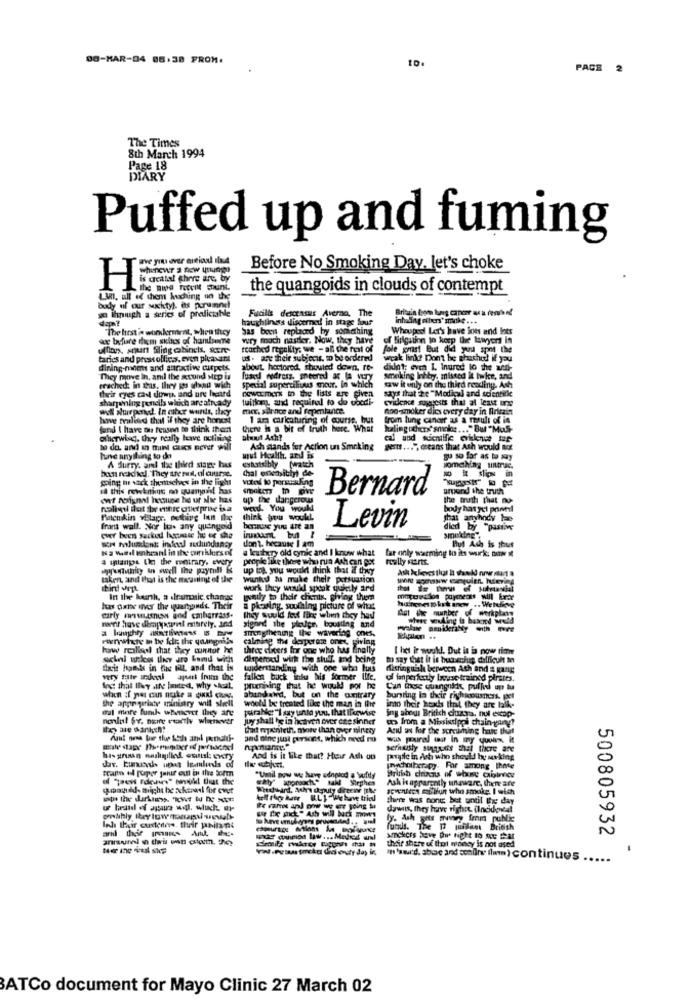
DO-MAR-04 86:38 FROM.
10.
PACE 2
The Times
8th March 1994
Page 18
DIARY
Puffed up and fuming
ave you ever areiadd ilad
Before No Smoking Day. let's choke
is acatal there are, by
H
the quangoids in clouds of contempt
L.3. all of them kuching on the
body of our suchty). es porumnel
wo Ihnugh a series of predictable
dant
haughlings discerned in stage four
Fucilis decensus Averna,
inhaling others' make ...
The first is workerment, when they
Sas been replaced by something
Whooped Let's have lots and lots
or before diem skins of handsome
wury moch naster. Now, they have
of Mirigation to keep the lawyers In
Ility: we - all the rest of fole komst But did you spot the
taries and press offices. even pleasant
us - are their subject. D be ordered
weak linde Don't be ghacho! if you
dining-moms and attractive carpets.
about hertored. shouted down. re-
didn't; even I. Inured lo the wen-
They move in, anil the secund step is
special superciliuus meur. in which
Tused nodress, peered a la wTy
smoking Inhby. missed it take, and
erached. in this, they pos ulsan wich
nowemerk to the lists are given
saw it only on the third reading. Ash
says that ize "Modigul and scientific
their eyes call down, and ure herd
sharpamning pencils which arealready
tuition and requinal to do uocdi-
cvideike sujatests that at least one
ww wwrpond. In citer wunds, they
mer, sirnce and repentance.
non-smoker dies every day in Britain
have realeed that if they are honest
1 an caricaturing of course, but
from lung candir as a result of in
fand I have ou reason to think them
there is a bit of truth here. What
ofherwig, they really have nothing
bhut Ash?
to de. and in mind Gues never wil
Ash stands for Action un Smoking
gets ... ", means that Ach would not
lune anything to de
und Health, and is
something untrac.
A Hurry. amal the third state has
bom neachel. They are rust, al curse.
estatsibly (watch
(hal onensibly) de-
going tu wack themselves in the light
this rewskiting no quanand has
Bernard
anand the truth
up the dangerous
the truth that no
WELL. You woul
body has yet poned
think you woulL
ghai anyhody he
frans wall. Nor bas any quingeid
benne yuu att an
Levin
died by "pastw
cur been sacked homie he of the
Hut Ach is thus
Ka Med ihranl in the oukkies of
don't. because I am
a kaihry old cynic and I know what
far only warming to its wurk; PATH I
4 aplanpos the the contrary. every
people like those who rua Ach can post
fununity &n swell the payroll &
up ing you would think that if they
taken, and thor is the magning of the
In the bourh, a dramnic, chamag
gently to thele chienis, giving them
huinenes pkek inow .. Wetekvg
macunion paymeow will kroe
hus oane inver the quartauds. Their
a phasing, southiny picture of what
Ast the number of werkplan
carly meussnow and cmharrass.
Whoer welling ia bakend weld
wont have deappant merely. and
smegthening the wavering ones,
Pennainte in be idr, the youngnils
calming the desperate ones, giving
how realisol that they canitot he
three cheers for one who has fi
I het it would. Dut is is now time
dispered with the stuff. and being
to say that it is beschuss difficult mn
Exit hands in the Bill and that is
tuiderstanding with one who luis
Hieringuisla berween Ath and & gang
of fanperfectly bouse trained pirates.
pruniving that he would por he
Can iese quangnids pulled up tu
the appr parlate ministry will shell
abundawed, but on the contrary
bursting la their richiousness. per
sul mare funk whenever they are
woold be treated like the man in Ihre
parabic:"I say unto you, that Herwise
into their heads that they are falk-
juy shall be in heaven over czesinner
ing about Britich duzys. nul escap-
> from a Mississippi chain-younget
That mpxnileth. more than over ninety
And as for the screaming har that
and nine just persone, which need no
seriously singuess that there are
dar. Eumonsh upat Inuluis of
And is it like that? Heir Ach on
parade in Ast who should by asking
jnychotherapy. For among thie
"Umtil now we have adopted a wurfdy
Ash is apparently unaware, there are
spwnieen elfun who smoke. I wish
there Was none but until the day
dawnis, they have righet ilneideeal
y. Ash site wwwwy fem public
and ther imine And -
funds. The 17 poilant British
500805932
snickers Save Di right to me Cat
their shere uf that money is not ased
It'swird, share and sondire ilmm) continues ..
....
BATCo document for Mayo Clinic 27 March 02